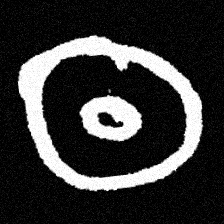
Pyu character \u2014 Myanmar letter: ထ (romanized: tha)